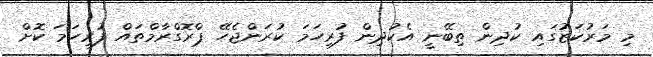
މި މަރުކަޒުގައި ކުދިން ތިބޭނީ އެކުދިން ފުރިހަމަ ކުރަންޖެހޭ ޕްރޮގްރާމްތައް ފުރިހަމަ ކޮށް